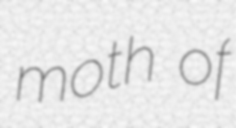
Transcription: moth of